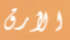
الأرق